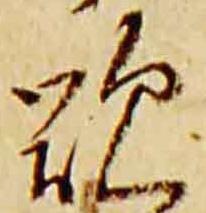
歎